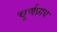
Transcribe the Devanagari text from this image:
चूर्णप्राय